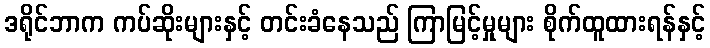
ဒရိုင်ဘာက ကပ်ဆိုးများနှင့် တင်းခံနေသည် ကြာမြင့်မှုများ စိုက်ထူထားရန်နှင့်